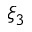
\xi _ { 3 }